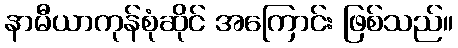
နာမီယာကုန်စုံဆိုင် အကြောင်း ဖြစ်သည်။